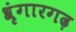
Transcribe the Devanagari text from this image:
श्रृंगारगढ़